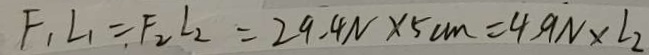
F _ { 1 } L _ { 1 } = F _ { 2 } L _ { 2 } = 2 9 . 4 N \times 5 c m = 4 . 9 N \times L _ { 2 }